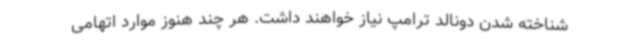
شناخته شدن دونالد ترامپ نیاز خواهند داشت. هر چند هنوز موارد اتهامی